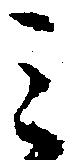
ミ